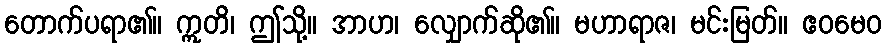
တောက်ပရာ၏။ ဣတိ၊ ဤသို့။ အာဟ၊ လျှောက်ဆို၏။ မဟာရာဇ၊ မင်းမြတ်။ ဧဝမေဝ